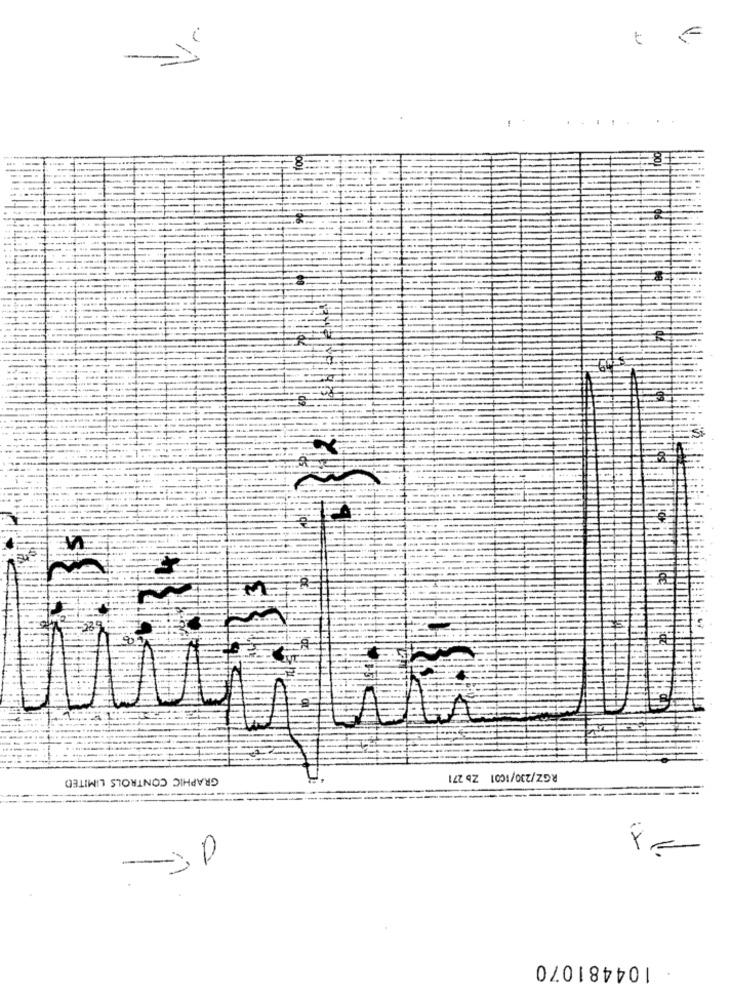
t
8
GRAPHIC CONTROLS LIMITED
RGZ/230/1001 Zb 271
0
104481070